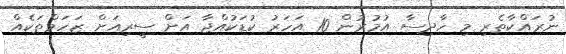
ނުރައްކާތެރި މި ހާދިސާ އުމުރުން 10 އަހަރު ކުޑަކުއްޖާ އަށް ސީރިއަށް ޒަހަމްތަކެއް